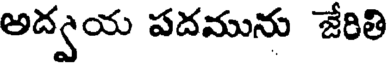
అద్వయ పదమును జేరితి